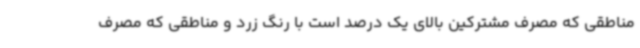
مناطقی که مصرف مشترکین بالای یک درصد است با رنگ زرد و مناطقی که مصرف